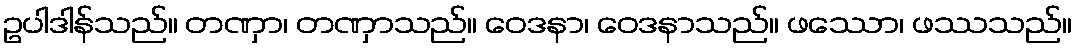
ဥပါဒါန်သည်။ တဏှာ၊ တဏှာသည်။ ဝေဒနာ၊ ဝေဒနာသည်။ ဖဿော၊ ဖဿသည်။